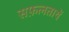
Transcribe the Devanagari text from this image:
सफ़लतायें